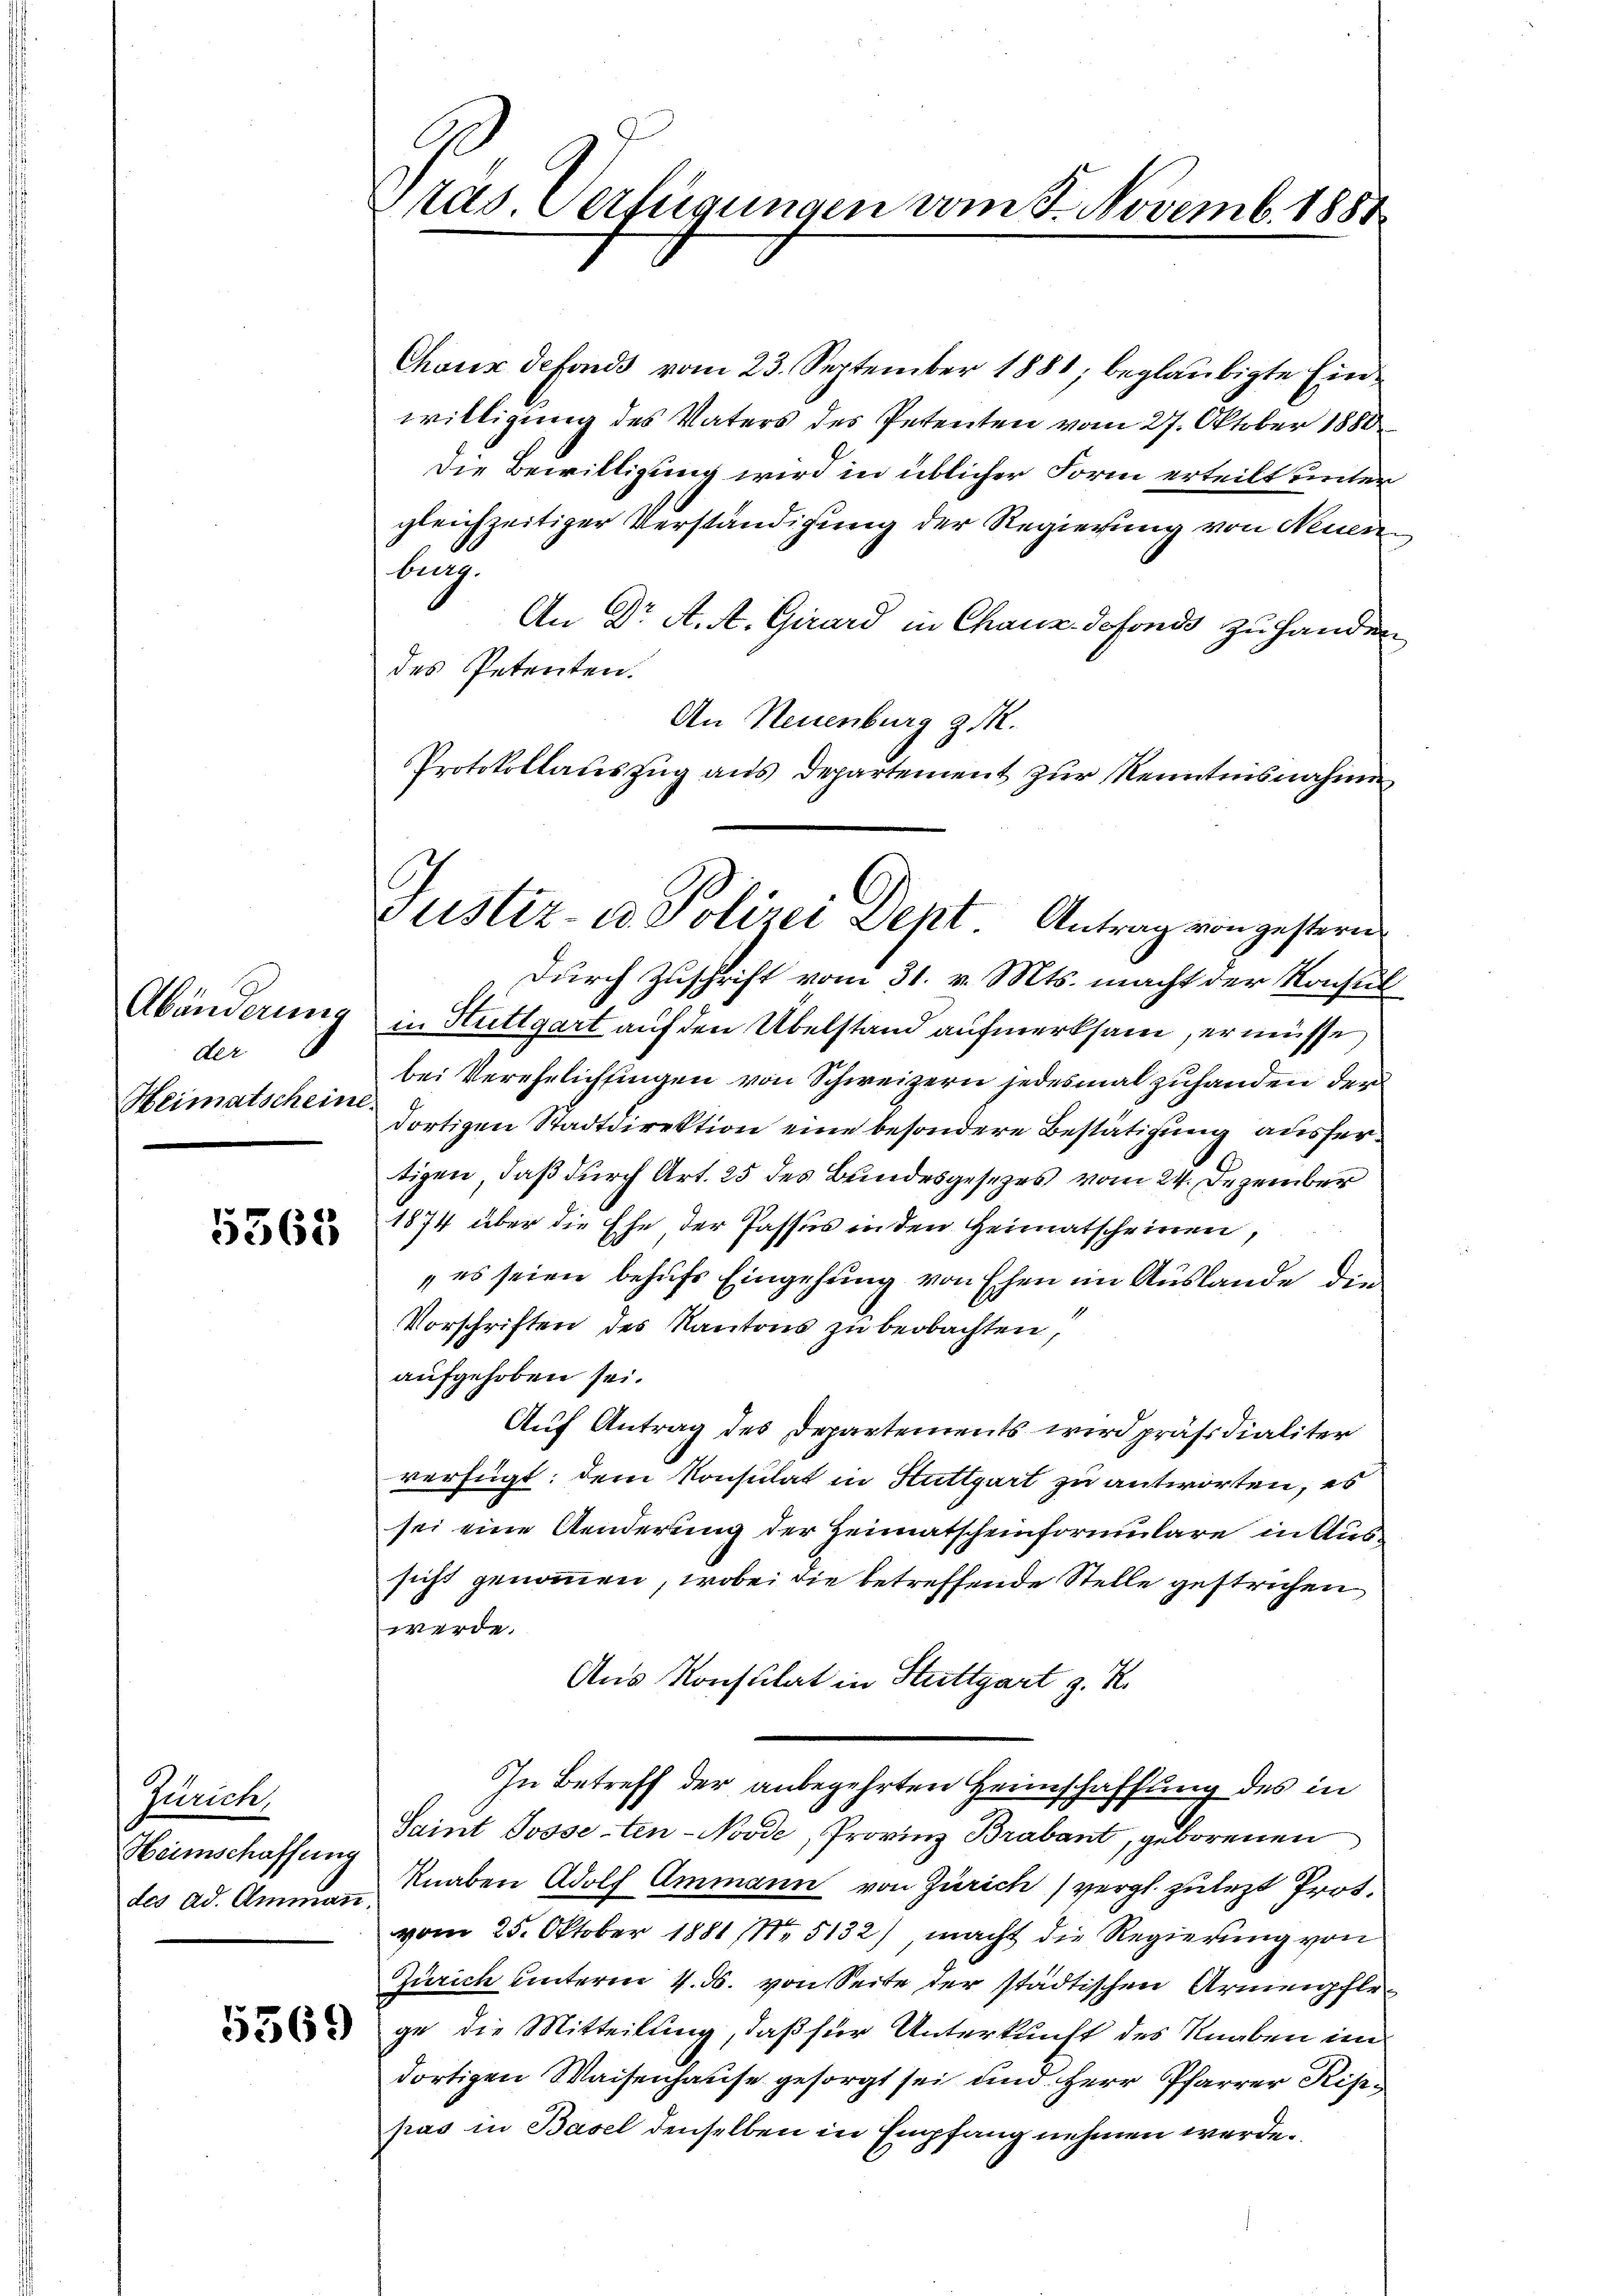
Abänderung
der
Heimatscheine

5363

Zürich,
Heimschaffung
des Ad. Ammann

5369

ras. Verfügungen vom 8. Novemb. 1881

Chaux defonds vom 23. September 1881, beglaubigte Einwilligung des Vaters des Petenten vom 27. Oktober 1880
Die Bewilligung wird in üblicher Form erteilt unter
gleichzeitiger Verständigung der Regierung von Neuen
burg.
An Dr A. A. Girard in Chaux-defonds zu handen
des Petenten.
An Neuenburg z. R.
Protokollauszug aus Departement zur Kenntnisnahme
durch Zuschrift vom 31. v. Mts. macht der Konsul
in Stuttgart auf den Übelstand aufmerksam, er müsse
bei Verehelichtingen von Schweizern jedesmal zuhanden der
dortigen Stadtdirektion eine besondere Bestätigung ausfertigen, daß durch Art. 25 des Bundesgesezes vom 24. Dezember
1874 über die Ehe der Passus in den Heimatscheinen,
„es seien behufs Eingehung von Ehen im Auslande den
Vorschriften des Kantons zu beobachten,
aufgehoben sei.
Auf Antrag des Departements wird präsidialiter
verfügt: dem Konsulat in Stuttgart zu antworten, es
sei eine Aenderung der Heimatscheinformulare in Aussicht genommen, wobei die betreffende Stelle gestrichen
werde.
Aus Konsulat in Stuttgart z. R.
In Betreff der anbegehrten Heimschaffung des in
Saint Josse-ten-Noode, Provinz Brabant, geborenen
Knaben Adolf Ammann von Zürich) vergl. zulezt Prot.
vom 25. Oktober 1881 No 5132), macht die Regierung von
Zürich unterm 4. ds. von Seite der städtischen Armenpflege die Mitteilung, daß für Unterkunft des Knaben im
dortigen Waisenhause gesorgt sei und Herr Pfarrer Rispas in Basel denselben in Empfang nehmen werde.

Justiz- u Polizei Dept Antrag von gestern.